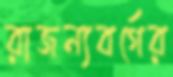
রাজন্যবর্গের